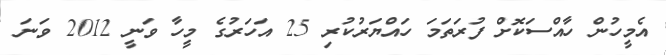
އެމީހުން ހާއްސަކޮށް ފުރަތަމަ ހައްޔަރުކުރި 25 އަހަރުގެ މީހާ ވަނީ 2012 ވަނަ